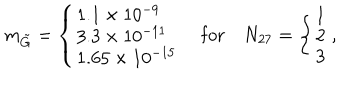
LaTeX: m _ { \tilde { G } } = \left\{ \left\{ \begin{cases} { { 1 . 1 \times 1 0 ^ { - 9 } } } \\ { { 3 . 3 \times 1 0 ^ { - 1 1 } } } \\ { { 1 . 6 5 \times 1 0 ^ { - 1 5 } } } \\ \end{cases} \right. \right. \quad \mathrm { f o r } \quad N _ { 2 7 } = \left\{ \left\{ \begin{cases} { { 1 } } \\ { { 2 } } \\ { { 3 } } \\ \end{cases} \right. \right. ,